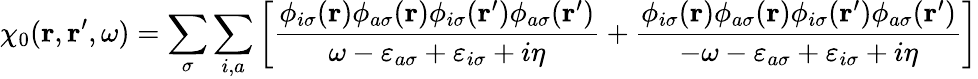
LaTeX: \chi_{0}(\mathbf{r},\mathbf{r}^{\prime},\omega)=\sum_{\sigma}\sum_{i,a}\left[\frac{\phi_{i\sigma}(\mathbf{r})\phi_{a\sigma}(\mathbf{r})\phi_{i\sigma}(\mathbf{r}^{\prime})\phi_{a\sigma}(\mathbf{r}^{\prime})}{\omega-\varepsilon_{a\sigma}+\varepsilon_{i\sigma}+i\eta}+\frac{\phi_{i\sigma}(\mathbf{r})\phi_{a\sigma}(\mathbf{r})\phi_{i\sigma}(\mathbf{r}^{\prime})\phi_{a\sigma}(\mathbf{r}^{\prime})}{-\omega-\varepsilon_{a\sigma}+\varepsilon_{i\sigma}+i\eta}\right]